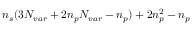
\ensuremath { n _ { s } } ( 3 \ensuremath { N _ { v a r } } + 2 \ensuremath { n _ { p } } \ensuremath { N _ { v a r } } - \ensuremath { n _ { p } } ) + 2 \ensuremath { n _ { p } } ^ { 2 } - \ensuremath { n _ { p } }